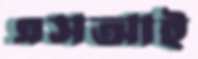
এসআই